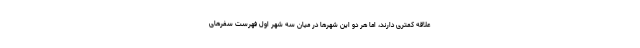
علاقه کمتری دارند، اما هر دو این شهرها در میان سه شهر اول فهرست سفرهای